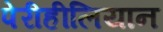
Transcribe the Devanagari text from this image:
पेरीहीलियान